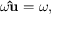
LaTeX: \omega \mathbf { \hat { u } } = { \boldsymbol { \omega } } ,